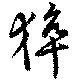
猝